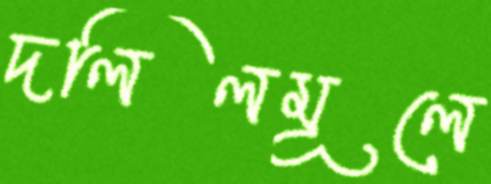
দলিলমূলে